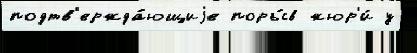
подтв'ержда́ющиjе поры́в жюр'и́ у